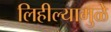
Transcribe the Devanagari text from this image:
लिहील्यामुळे